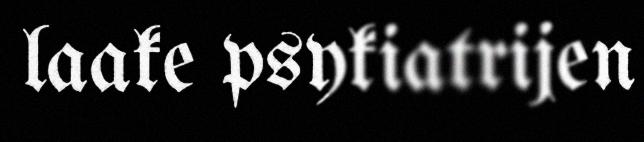
laake psykiatrijen